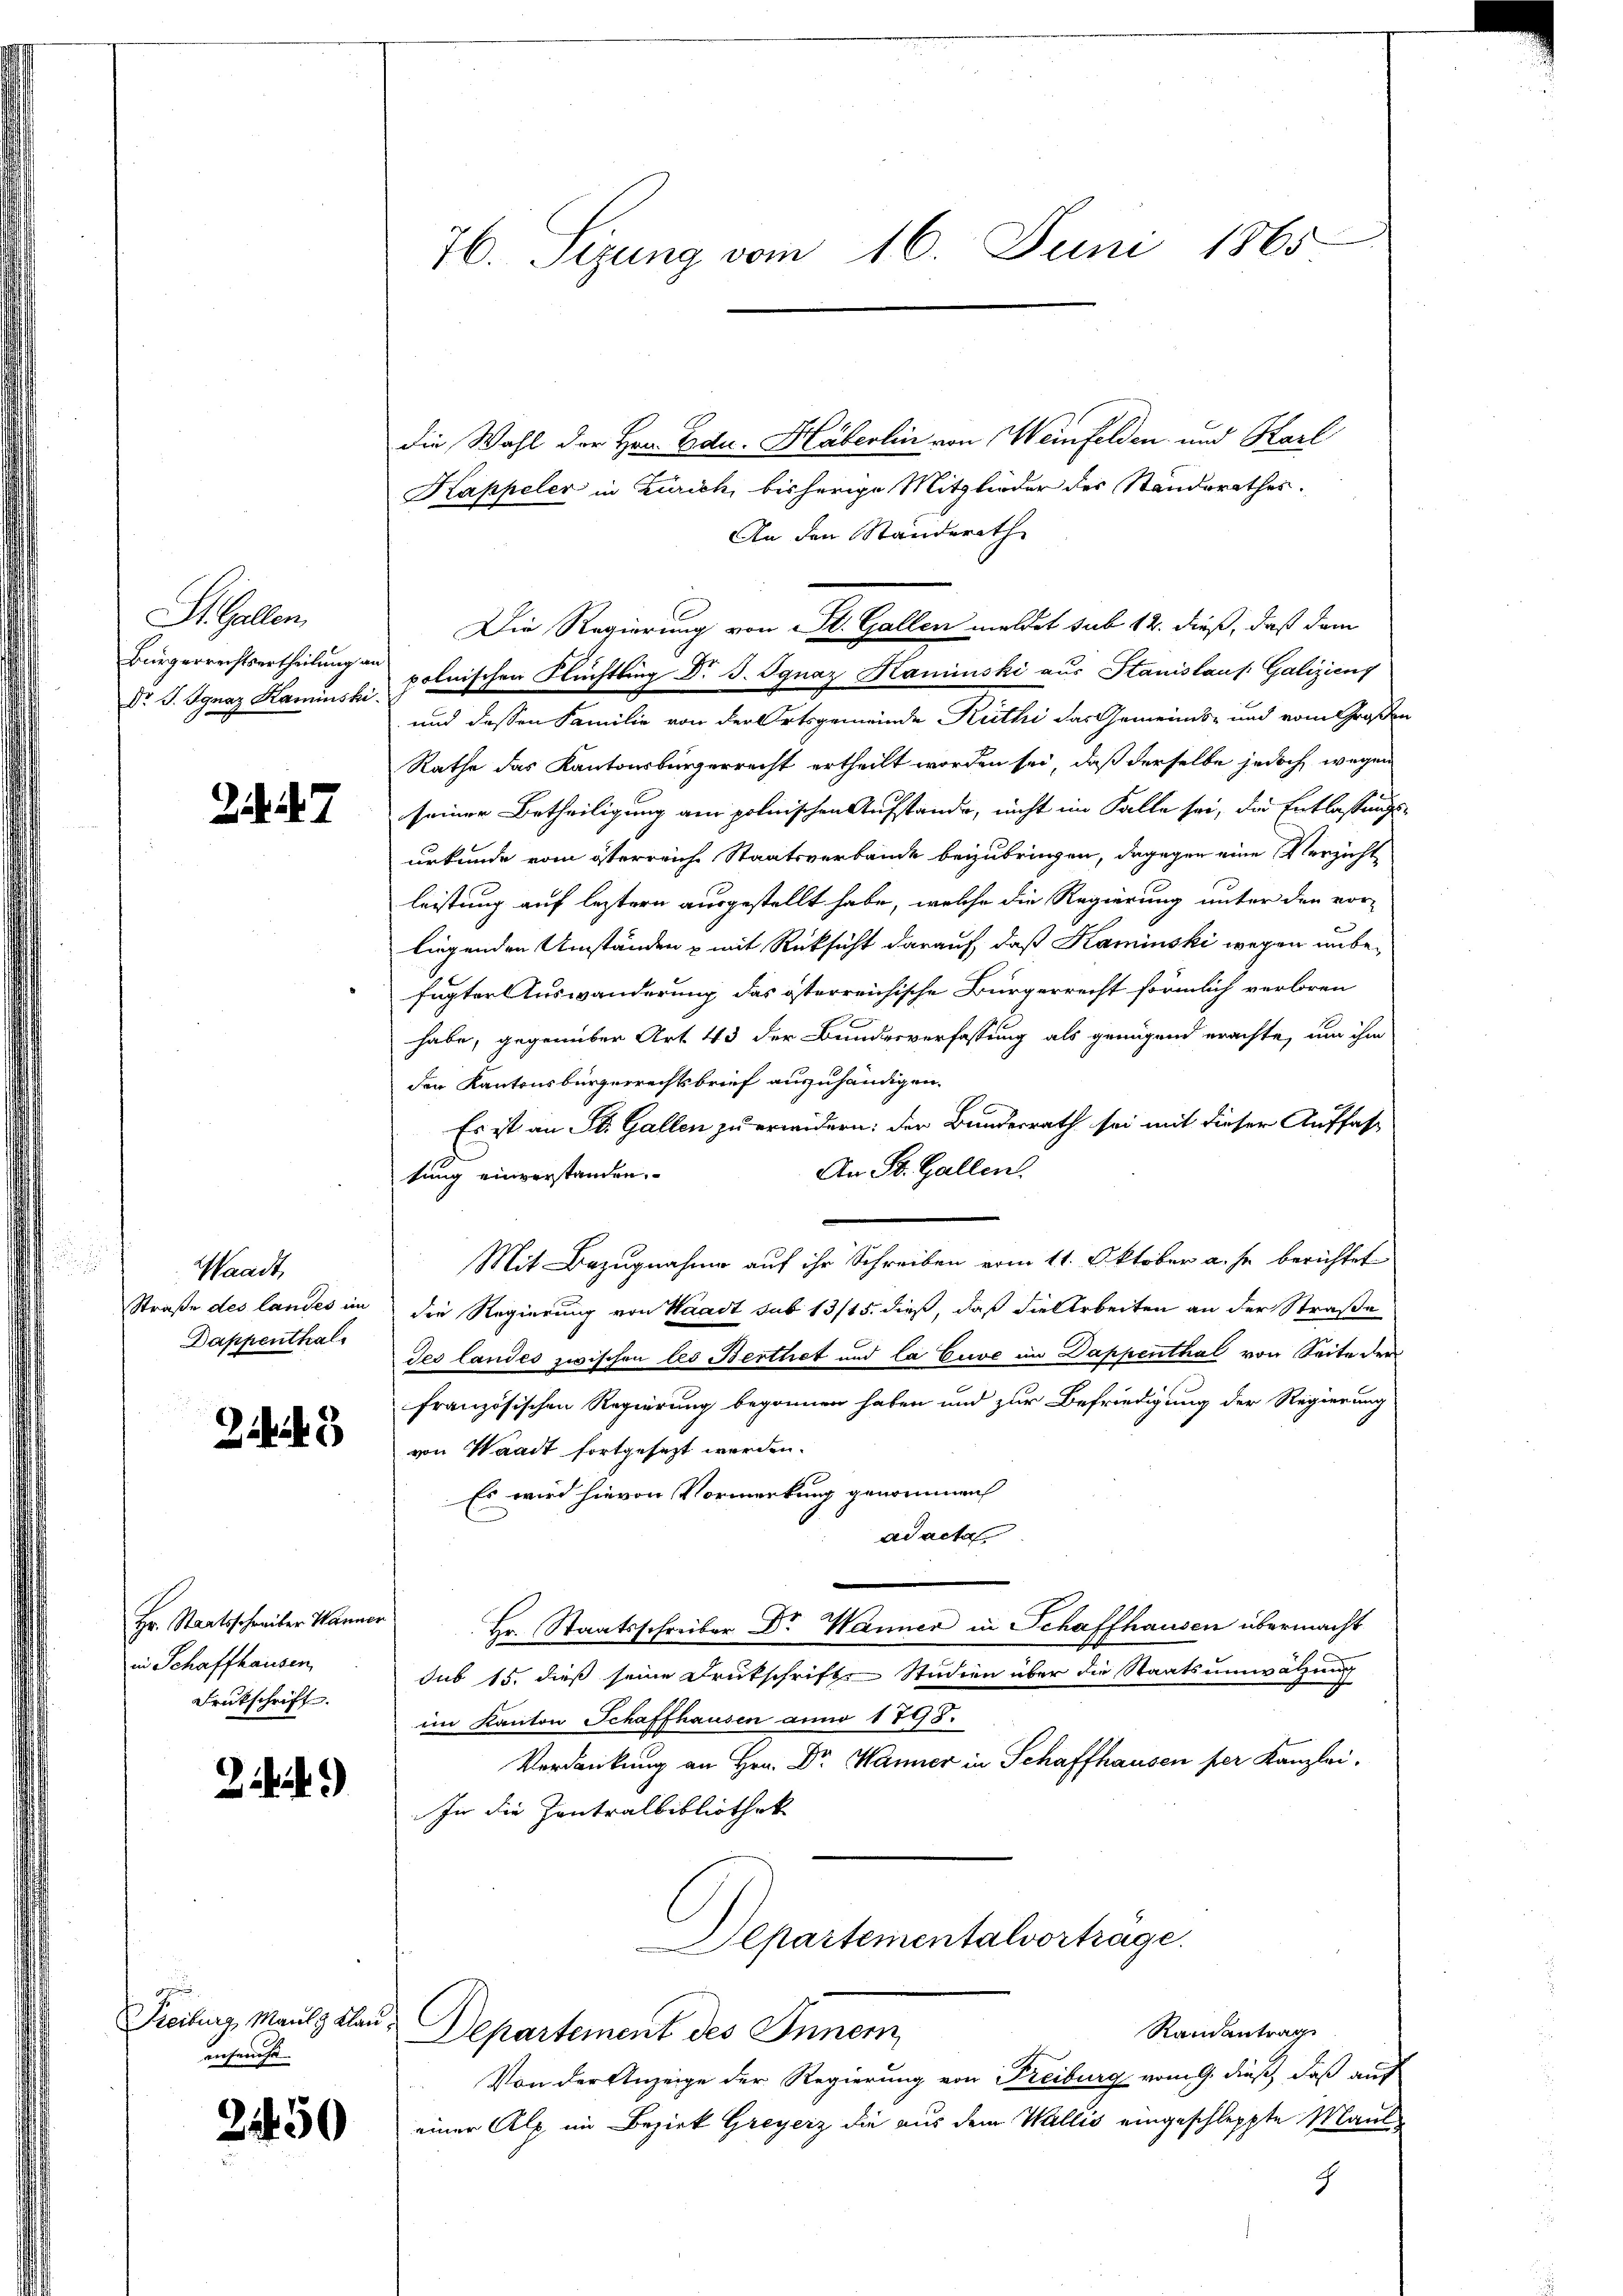
St. Gallen,
Bürgerrechtsertheilung an

. 7

Waadt,

25

Hr. Staatsschreiber Wanner
in Schaffhausen,
Frukschrift.

2.)

enseuche

die Wahl der Hrn. Edu. Häberlin von Weinfelden und Karl
Kappeler in Zürich, bisherige Mitglieder des Standerathes.
An den Ständerath
Dr. S. Ignaz Kamisti polnischen Flüchtling Dr J. Ignaz Haminski aus Stanislauf. Galiziens
und dessen Familie von der Ortsgemeinde Reithi das Gemeinds- und vom Großen
Rathe das Kantonsbürgerrecht ertheilt worden sei, daß derselbe jedoch wegen
seiner Betheiligung am polnischen Aufstande, nicht im Falle sei, die Entlassungs-
urkunde vom österreiche Staatsverbande beizubringen, dagegen eine Verzicht
leistung auf leztern ausgestellt habe, welche die Regierung unter den vor-
liegenden Umständen & mit Rücksicht darauf, daß Kaminski wegen unbe-
fugter Auswanderung das österreichische Bürgerrecht förmlich verloren
habe, gegenüber Art. 43 der Bundesverfassung als genügend erachte, um ihm
den Kantonsbürgerrechtsbrief auszuhändigen.
Es ist an St. Gallen zu erwidern: der Bundesrath sei mit dieser Auffass
An St. Gallen.
tung einverstanden.
Mit Bezugnahme auf ihr Schreiben vom 11. Oktober a. s. berichtet
Straße des landes in die Regierung von Waadt sub 13/15. dieß, daß die Arbeiten an der Straße
Dappenthal des Landes zwischen les Berthet und la Cuve im Dappenthal von Seite der
französischen Regierung begonnen haben und zur Befriedigung der Regierung
von Waadt fortgesezt werden.
Es wird hievon Vormerkung genommen
ad acta
Hr. Staatsschreiber Dr Wanner in Schaffhausen übermacht
sub 15. dieß seine Druckschrifte Studien über die Staatsumwälzung
im Kanton Schaffhausen anno 1798.
Verdankung an Hrn. Dr. Wanner in Schaffhausen per Kanzlei.
In die Zentralbibliothek
Departementalvortrage.
Freiburg, Maulg klar, Departement des Innern
Randantrag
Von der Anzeige der Regierung von Freiburg vom 9. dieß, daß auf
a einer Alp im Bezirk Greyerz die aus dem Wallis eingeschleppte Maulc

76. Sezung vom 16. Juni 1865

Die Regierung von St. Gallen meldet sub. 12. dieß, daß dem